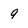
Character: 9